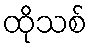
ထိုသစ်